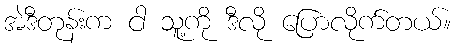
အဲဒီတုန်းက ငါ သူ့ကို ဒီလို ပြောလိုက်တယ်။